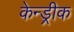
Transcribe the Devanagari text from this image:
केन्ड्रीक